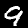
Label: 9